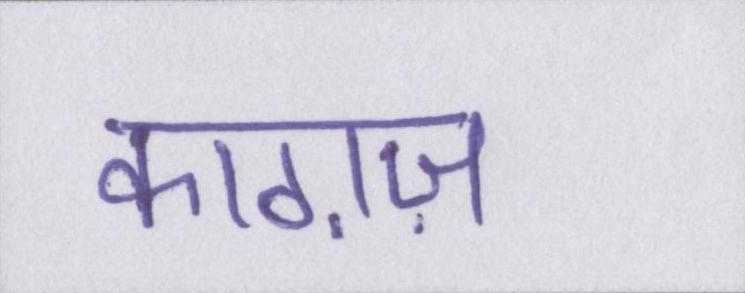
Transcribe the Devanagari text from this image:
काग़ज़